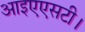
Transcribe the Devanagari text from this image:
आइएएसटी।